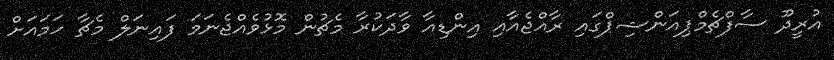
އުރީދޫ ސާފްޗެމްޕިއަންޝިޕްގައި ރާއްޖެއާއި އިންޑިއާ ވާދަކުރާ މެޗުން މޮޅުވެއްޖެނަމަ ފައިނަލް މެޗާ ހަމައަށް